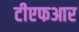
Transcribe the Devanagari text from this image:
टीएफआर